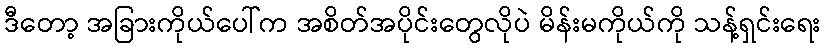
ဒီတော့ အခြားကိုယ်ပေါ်က အစိတ်အပိုင်းတွေလိုပဲ မိန်းမကိုယ်ကို သန့်ရှင်းရေး